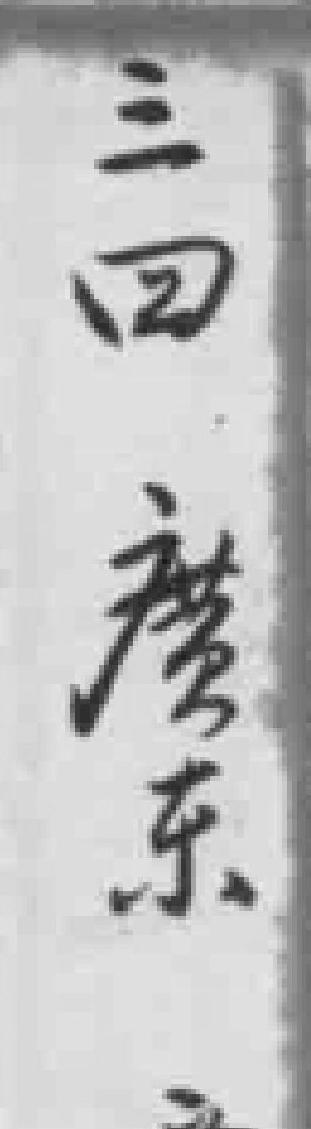
三四廣东